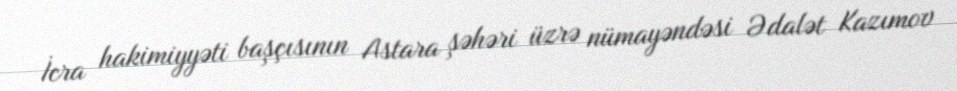
İcra hakimiyyəti başçısının Astara şəhəri üzrə nümayəndəsi Ədalət Kazımov